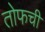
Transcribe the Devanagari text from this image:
तोफची